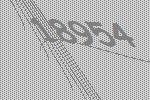
18954